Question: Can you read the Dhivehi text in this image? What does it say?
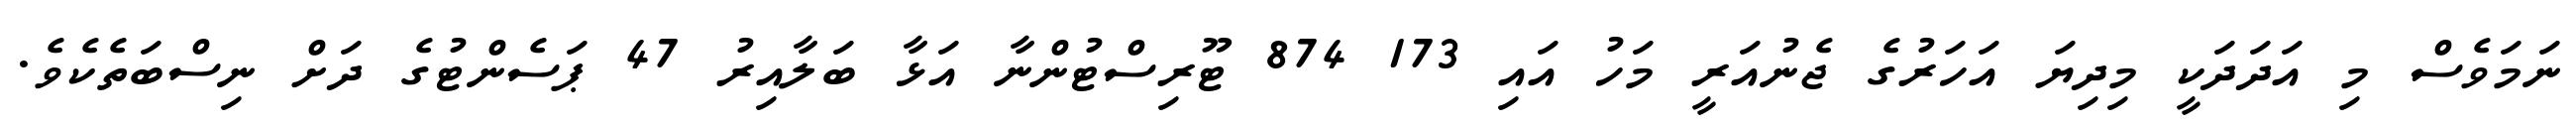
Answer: ނަމަވެސް މި އަދަދަކީ މިދިޔަ އަހަރުގެ ޖެނުއަރީ މަހު އައި 173 874 ޓޫރިސްޓުންނާ އަޅާ ބަލާއިރު 47 ޕަސެންޓުގެ ދަށް ނިސްބަތެކެވެ.